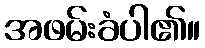
အဖမ်းခံပါ၏။